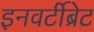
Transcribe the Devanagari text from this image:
इनवर्टीब्रेट